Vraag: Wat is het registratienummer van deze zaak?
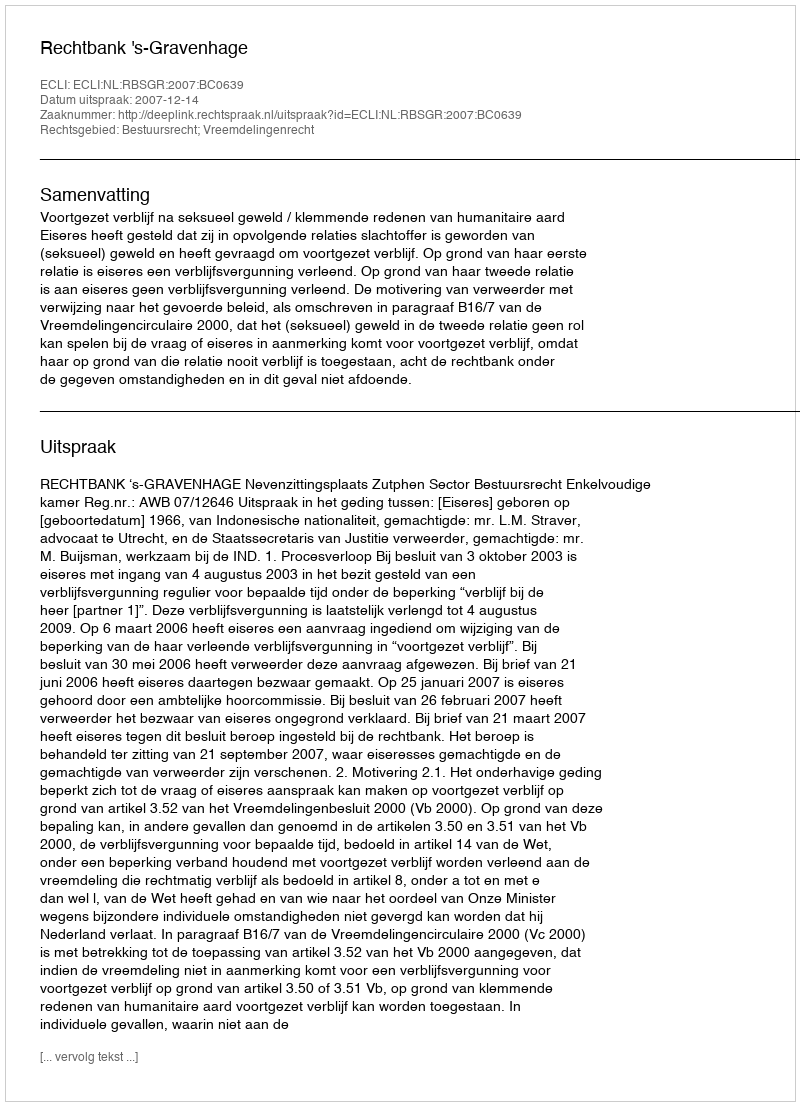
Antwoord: http://deeplink.rechtspraak.nl/uitspraak?id=ECLI:NL:RBSGR:2007:BC0639